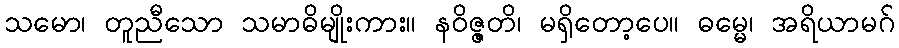
သမော၊ တူညီသော သမာဓိမျိုးကား။ နဝိဇ္ဇတိ၊ မရှိတော့ပေ။ ဓမ္မေ၊ အရိယာမဂ်